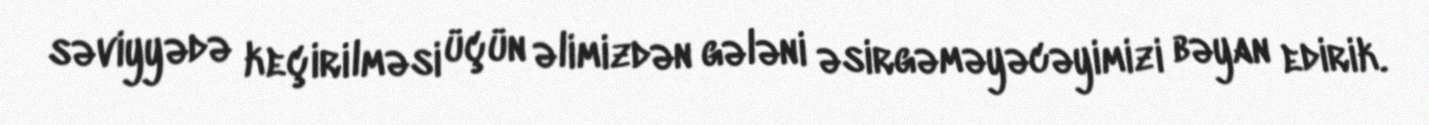
səviyyədə keçirilməsi üçün əlimizdən gələni əsirgəməyəcəyimizi bəyan edirik.